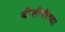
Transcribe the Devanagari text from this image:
बीसीबीच्या